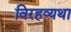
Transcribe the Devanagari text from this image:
विरहव्यथा